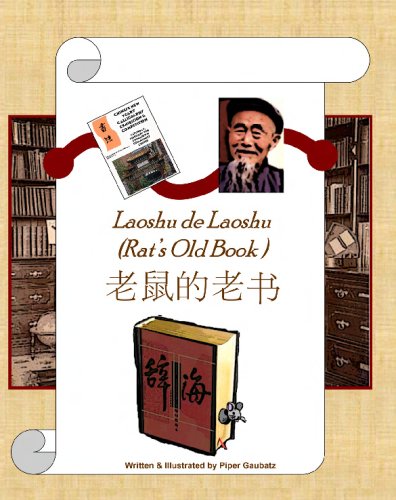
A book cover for Rat's Old Book: Laoshu De Laoshu; Piper Gaubatz; Children's Books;